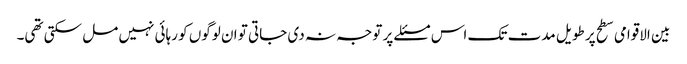
بین الاقوامی سطح پر طویل مدت تک اس مسئلے پر توجہ نہ دی جاتی تو ان لوگوں کو رہائی نہیں مل سکتی تھی۔